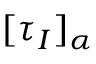
[ \tau _ { I } ] _ { \alpha }